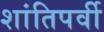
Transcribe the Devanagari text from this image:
शांतिपर्वी